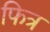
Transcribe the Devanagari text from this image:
फित्र